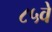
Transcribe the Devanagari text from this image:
८५वे